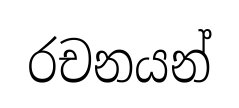
රචනයන්